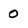
Character: 0